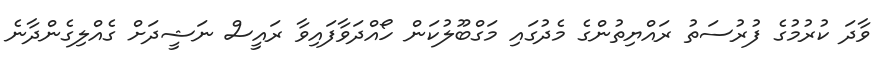
ވާދަ ކުރުމުގެ ފުރުސަތު ރައްޔިތުންގެ މެދުގައި މަގްބޫލުކަން ހޯއްދަވާފައިވާ ރައީސް ނަޝީދަށް ގެއްލިގެންދާނެ